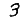
Digit: 3